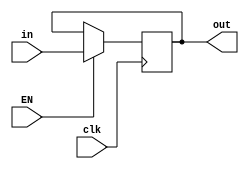
module INST_REG (clk,in, out, EN);
	input [15:0] in;
	input clk, EN;
	output reg [15:0] out;

	initial begin
		out = 16'bx;
	end


	always @(posedge clk) 
		begin
			if (EN == 1) 
				begin
						out <= in;
				end
		end 
	  
endmodule